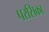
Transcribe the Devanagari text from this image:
परसिका